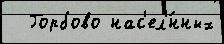
  Горбово нас'ел'́нных